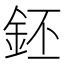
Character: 鉟